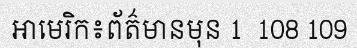
អាមេរិក៖ព័ត៌មានមុន 1  108 109